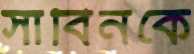
সাবিনকে